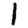
Digit: 1